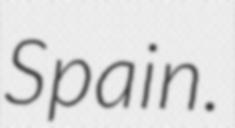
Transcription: Spain.